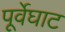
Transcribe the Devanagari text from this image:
पूर्वेघाट